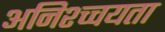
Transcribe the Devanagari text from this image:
अनिश्च्चयता